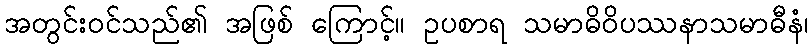
အတွင်းဝင်သည်၏ အဖြစ် ကြောင့်။ ဥပစာရ သမာဓိဝိပဿနာသမာဓီနံ၊